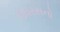
ઉધરસનો